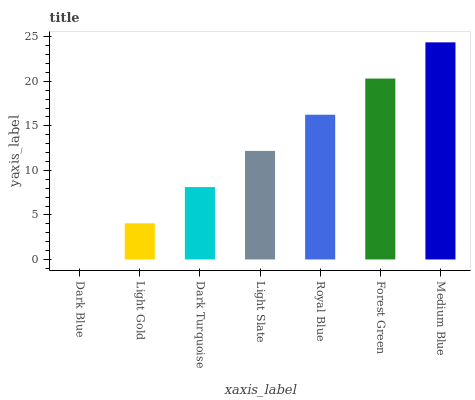
| xaxis_label | bars |
 | --- | --- |
 | Dark Blue | 0 |
 | Light Gold | 4.06 |
 | Dark Turquoise | 8.12 |
 | Light Slate | 12.2 |
 | Royal Blue | 16.2 |
 | Forest Green | 20.3 |
 | Medium Blue | 24.4 |